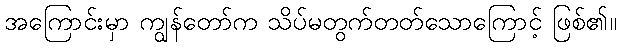
အကြောင်းမှာ ကျွန်တော်က သိပ်မတွက်တတ်သောကြောင့် ဖြစ်၏။